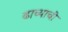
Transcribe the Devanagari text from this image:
ढाच्याची